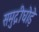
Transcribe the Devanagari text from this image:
समुद्रीघोड़े